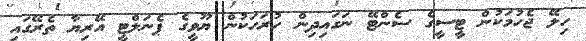
ހިލޭ ޖެހުމަކުން ޓީސީގެ ސެންޓޭ ނަގައިދިން ހުރަހަކުން ޔޫވީގެ ޕެނަލްޓީ އޭރިޔާ ތެރޭގައި